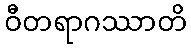
ဝီတရာဂဿာတိ